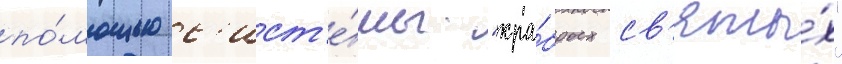
по́мощью с'ист'е́мы "хра́брых св'яты́х"